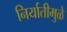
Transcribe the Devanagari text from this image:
निर्यातीमुळे